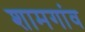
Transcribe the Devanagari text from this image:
शामगांव